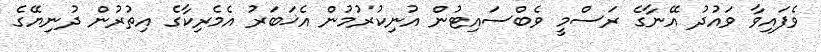
ވެފައިވާ ވައުދު އޭނާގެ ރަސްމީ ވެބްސައިޓުން އުނިކުރުމުން އެޚަބަރު އެމެރިކާގެ އިތުރުން ދުނިޔޭގެ